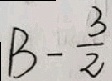
B - \frac { 3 } { 2 }